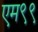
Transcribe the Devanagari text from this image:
एम९९